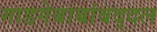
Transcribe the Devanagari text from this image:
गाडगेबाबांबद्दल